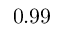
0 . 9 9